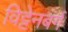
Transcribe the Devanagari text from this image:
विट्टेनबर्ग